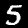
Digit: 5